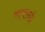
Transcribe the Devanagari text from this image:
समलई